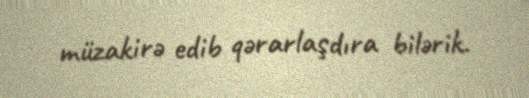
müzakirə edib qərarlaşdıra bilərik.